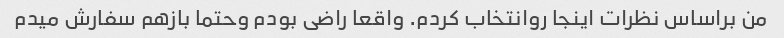
من براساس نظرات اینجا روانتخاب کردم. واقعا راضی بودم وحتما بازهم سفارش میدم